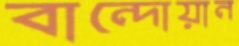
বান্দোয়ান